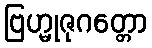
ဗြဟ္မုဇုဂတ္တော